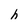
Character: h